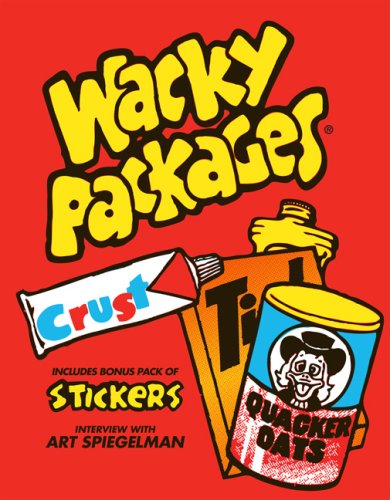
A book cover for Wacky Packages; The Topps Company; Humor & Entertainment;